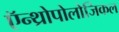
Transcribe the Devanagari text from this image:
ऍन्थ्रोपोलोजिकल